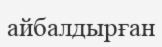
айбалдырған